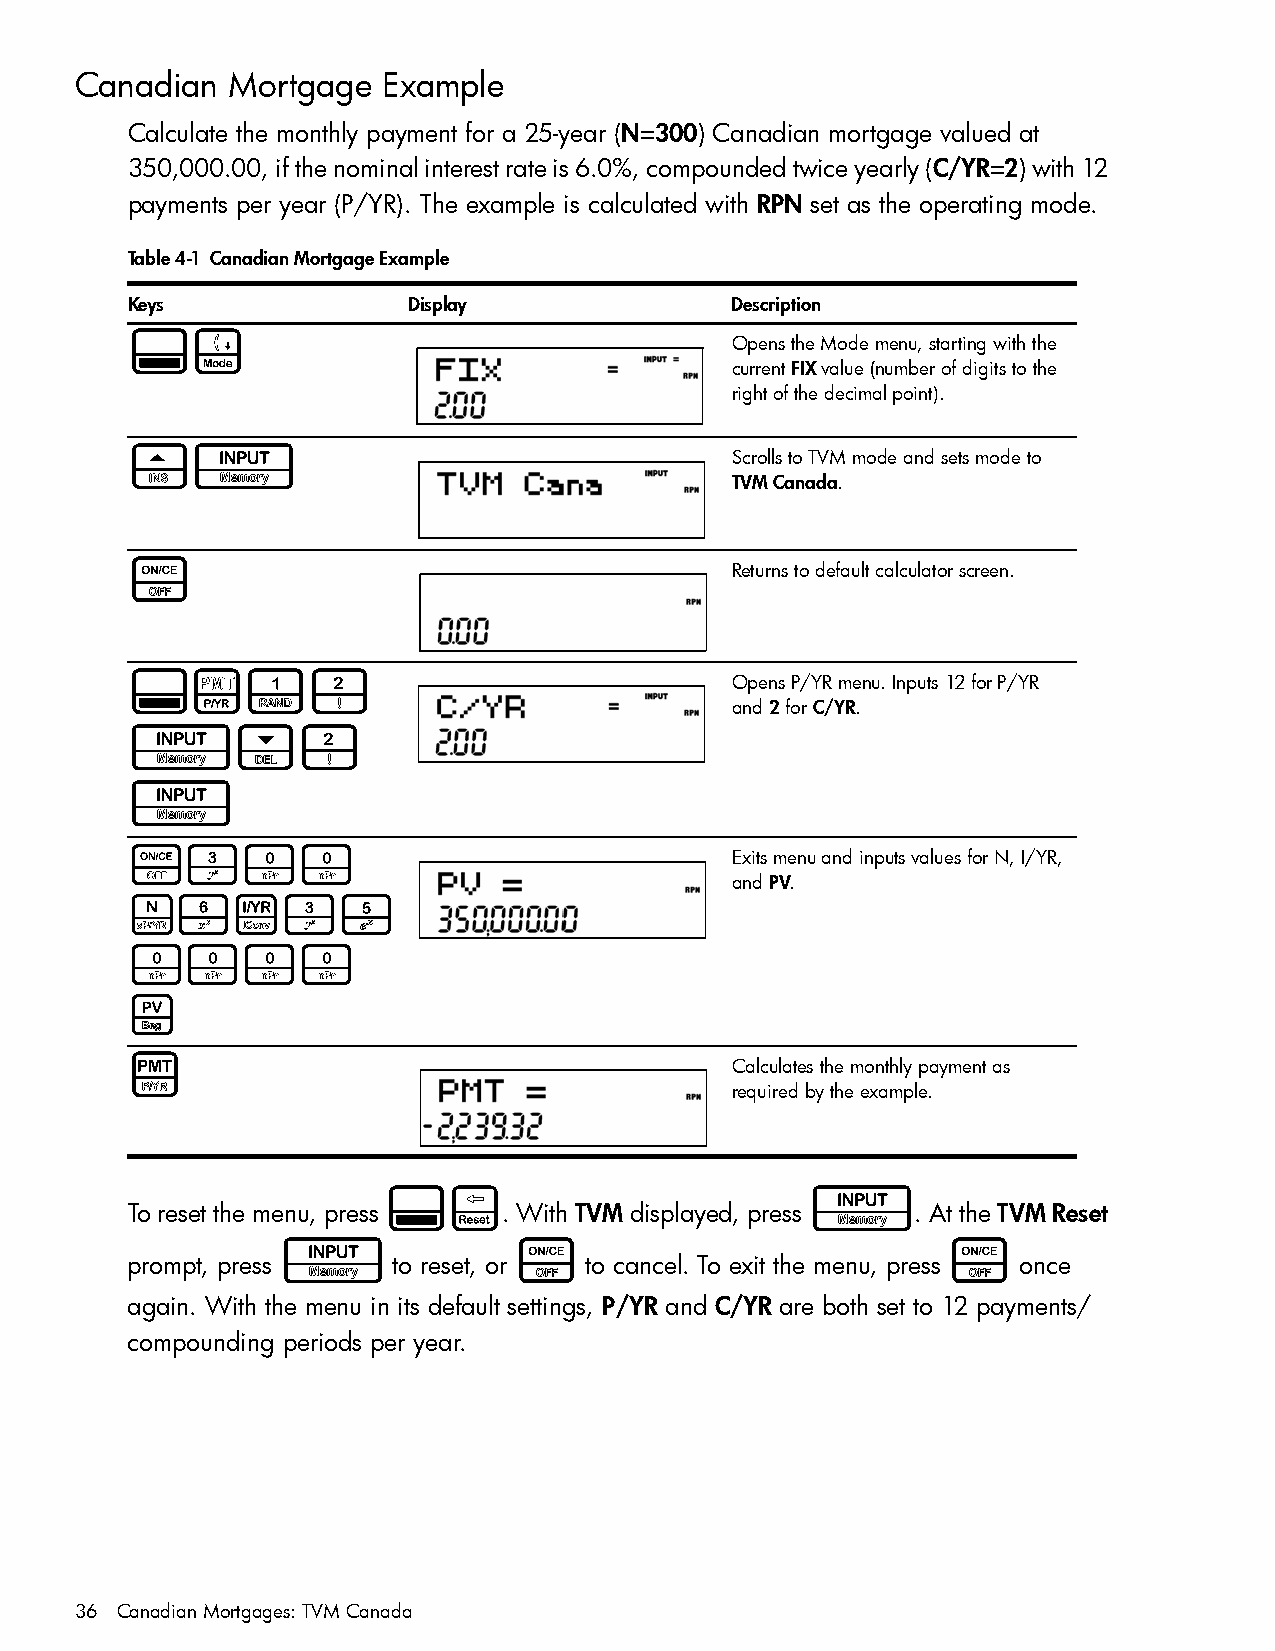
Canadian  Mortgage  Example
 Calculate the monthly payment for a 25-year (N=300) Canadian mortgage valued at
 350,000.00, if the nominal interest rate is 6.0%, compounded twice yearly (C/YR=2) with 12
 payments per year (P/YR). The example is calculated with RPN set as the operating mode.
 Table 4-1 Canadian Mortgage Example
 Keys               Display              Description
 :u                                      Opens the Mode menu, starting with the
 current FIX value (number of digits to the
 right of the decimal point).
 >I                                      Scrolls to TVM mode and sets mode to
 TVM Canada.
 O                                       Returns to default calculator screen.
 :[12                                    Opens P/YR menu. Inputs 12 for P/YR
 and 2 for C/YR.
 I<2
 I
 O300                                    Exits menu and inputs values for N, I/YR,
 and PV.
 N6Y35
 0000
 V
 M                                       Calculates the monthly payment as
 required by the example.
 :x                          I
 To reset the menu, press . With TVM displayed, press . At the TVM Reset
 I              O                            O
 prompt, press     to reset, or to cancel. To exit the menu, press once
 again. With the menu in its default settings, P/YR and C/YR are both set to 12 payments/
 compounding periods per year.
 36 Canadian Mortgages: TVM Canada